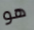
هو